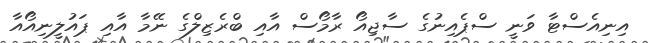
އިނިއެސްޓާ ވަނީ ސްޕެއިނުގެ ސާޖިއޯ ރާމޯސް އާއި ބްރެޒިލްގެ ނޭމާ އާއި ޕައުލީނިއޯއާ